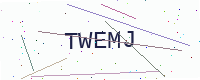
Text: TWEMJ